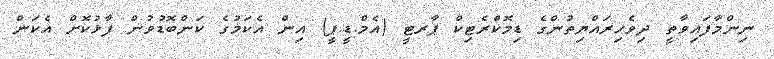
ނިންމާފައިވާތީ ދިވެހިރައްޔިތުންގެ ޑިމޮކްރެޓިކް ޕާރޓީ (އެމް.ޑީ.ޕީ) އިން އެކަމުގެ ކަންބޮޑުވުން ފާޅުކޮށް އެކަން